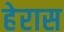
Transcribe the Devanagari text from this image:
हेरास